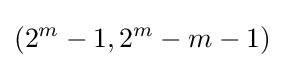
(2^{m}-1,2^{m}-m-1)